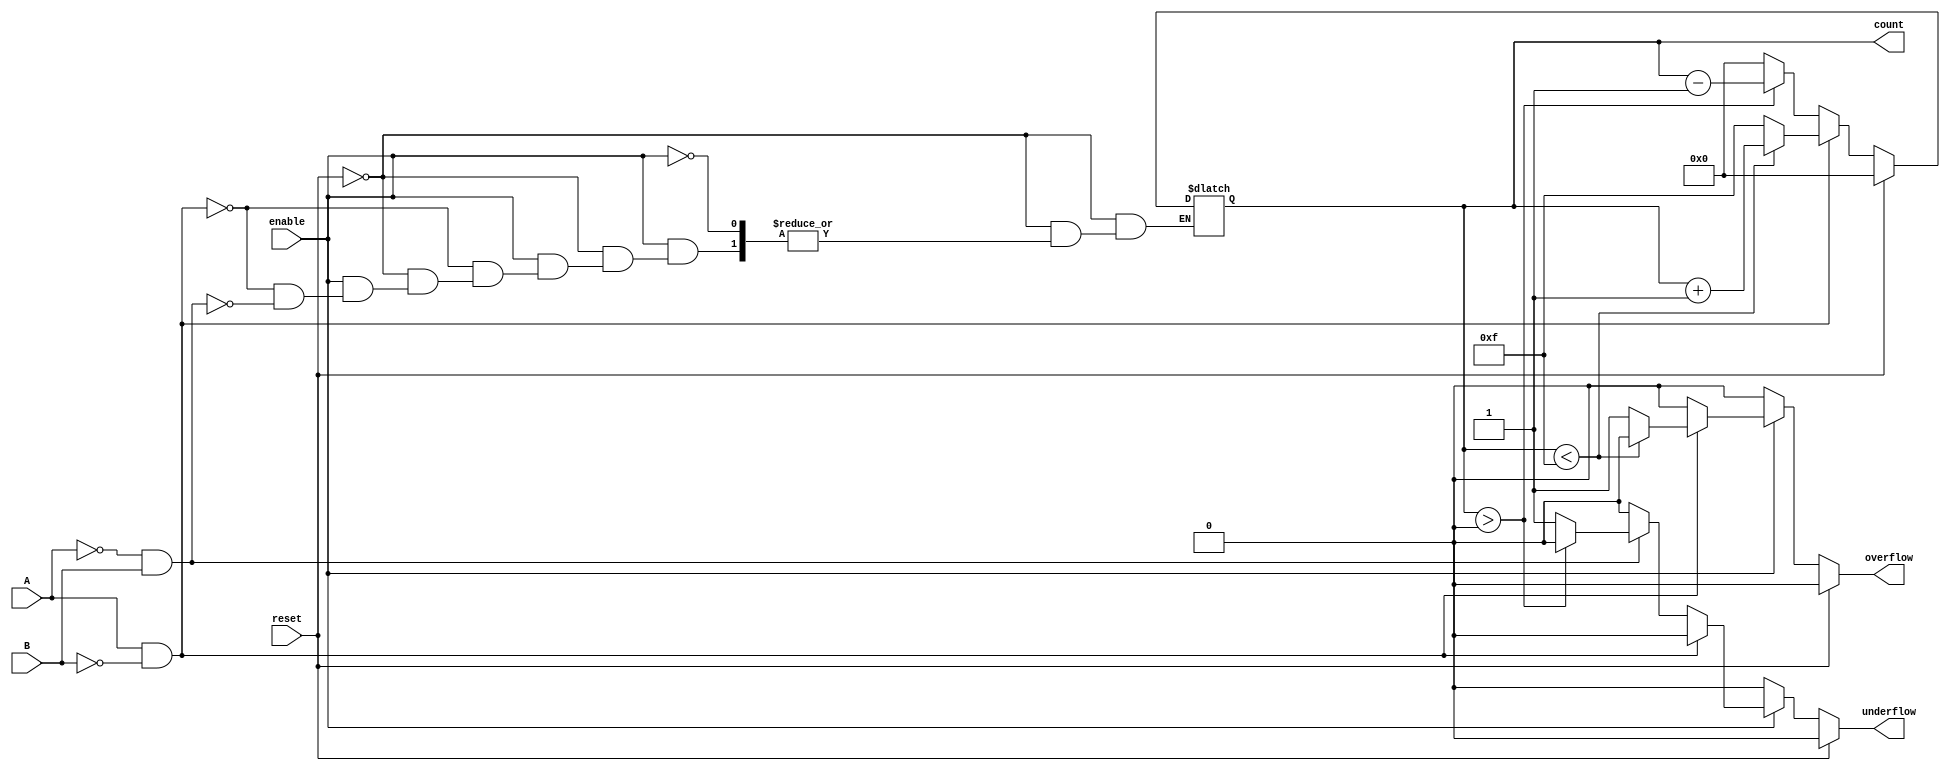
module dynamic_asynchronous_counter (
    input wire A,          // Count Up signal
    input wire B,          // Count Down signal
    input wire reset,      // Asynchronous reset signal
    input wire enable,     // Enable signal
    output reg [3:0] count, // 4-bit count value (adjust size as needed)
    output reg overflow,    // Overflow flag
    output reg underflow    // Underflow flag
);

    // Define maximum and minimum counts
    parameter MAX_COUNT = 15; // 4-bit max value
    parameter MIN_COUNT = 0;  // 4-bit min value

    // Asynchronous reset and counting logic
    always @(*) begin
        // Initialize flags
        overflow = 0;
        underflow = 0;

        // Asynchronous reset
        if (reset) begin
            count = MIN_COUNT; // Reset to zero
        end else if (enable) begin
            // Counting logic
            if (A && !B) begin
                // Count Up
                if (count < MAX_COUNT) begin
                    count = count + 1;
                end else begin
                    count = MAX_COUNT; // Stay at max
                    overflow = 1;      // Set overflow flag
                end
            end else if (!A && B) begin
                // Count Down
                if (count > MIN_COUNT) begin
                    count = count - 1;
                end else begin
                    count = MIN_COUNT; // Stay at min
                    underflow = 1;     // Set underflow flag
                end
            end
        end
    end

endmodule